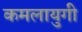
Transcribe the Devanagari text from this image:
कमलायुगी